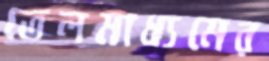
তেলমাধ্যমের